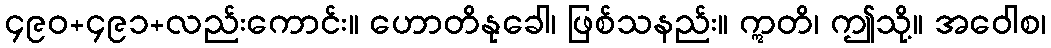
၄၉၀+၄၉၁+လည်းကောင်း။ ဟောတိနုခေါ၊ ဖြစ်သနည်း။ ဣတိ၊ ဤသို့။ အဝေါစ၊